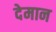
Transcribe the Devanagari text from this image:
देमान